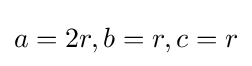
a=2r,b=r,c=r\,\!